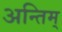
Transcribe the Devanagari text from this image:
अन्तिम्